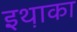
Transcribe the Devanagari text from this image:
इथ़ाका